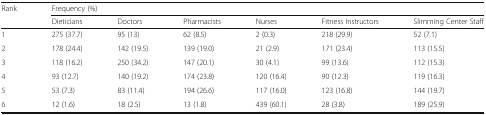
| <ROWSPAN=2> Rank | <COLSPAN=6> Frequency (%) |
 | Dieticians | Doctors | Pharmacists | Nurses | Fitness Instructors | Slimming Center Staff |
 | --- | --- | --- | --- | --- | --- | --- |
 | 1 | 275 (37.7) | 95 (13) | 62 (8.5) | 2 (0.3) | 218 (29.9) | 52 (7.1) |
 | 2 | 178 (24.4) | 142 (19.5) | 139 (19.0) | 21 (2.9) | 171 (23.4) | 113 (15.5) |
 | 3 | 118 (16.2) | 250 (34.2) | 147 (20.1) | 30 (4.1) | 99 (13.6) | 112 (15.3) |
 | 4 | 93 (12.7) | 140 (19.2) | 174 (23.8) | 120 (16.4) | 90 (12.3) | 119 (16.3) |
 | 5 | 53 (7.3) | 83 (11.4) | 194 (26.6) | 117 (16.0) | 123 (16.8) | 144 (19.7) |
 | 6 | 12 (1.6) | 18 (2.5) | 13 (1.8) | 439 (60.1) | 28 (3.8) | 189 (25.9) |